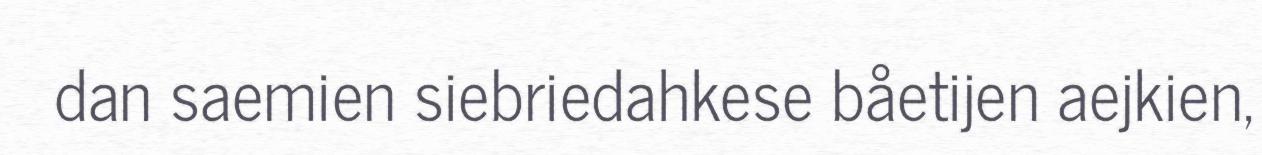
dan saemien siebriedahkese båetijen aejkien,